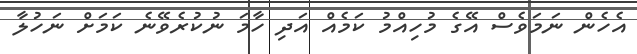
އެހެން ނަމަވެސް އޭގެ މުހިއްމު ކަމެއް އަދި ހާމަ ނުކުރެވޭނެ ކަމަށް ނަހުލާ